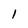
Character: 1